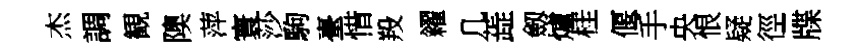
杰調観隩萍寰莎駒臺惜羖糴几蕋劔爐桂偃手央恨疑徑牒